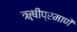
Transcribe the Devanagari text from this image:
ॠषीप्रमाणें